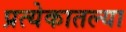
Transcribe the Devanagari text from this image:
प्रत्येकातल्या